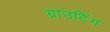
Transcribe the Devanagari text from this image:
ग्राउटिंग